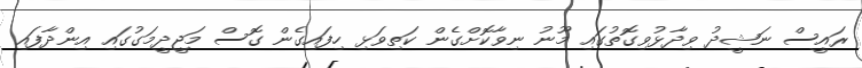
ރައީސް ނަޝީދު ވިދާޅުވިގޮތުގައި މޫނު ނިވާކޮށްގެން ކަތިވަޅި ހިފައިގެން ގޮސް މަޖީދީމަގުގައި އިންދާފައި